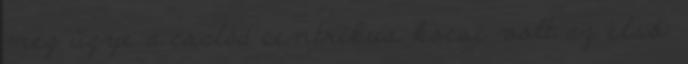
meg ügye a család centrikus kocsi volt az első.